Problem: 6 × 2 = ?
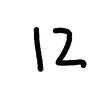
Handwritten answer: 12